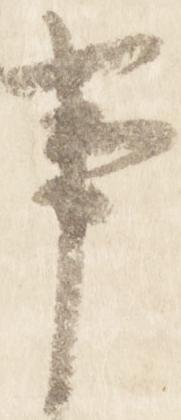
事